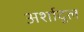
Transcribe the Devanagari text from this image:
अर्शादुल